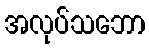
အလုပ်သဘော